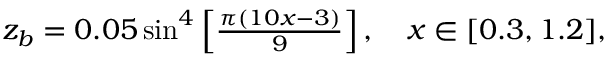
\begin{array} { r } { z _ { b } = 0 . 0 5 \sin ^ { 4 } \left[ \frac { \pi ( 1 0 x - 3 ) } { 9 } \right] , \quad x \in [ 0 . 3 , 1 . 2 ] , } \end{array}